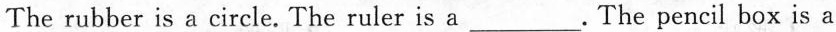
The rubber is a \underline{circle}. The ruler is a___ .The pencil box is a